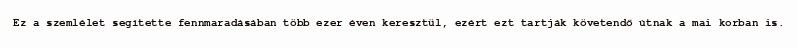
Ez a szemlélet segítette fennmaradásában több ezer éven keresztül, ezért ezt tartják követendő útnak a mai korban is.